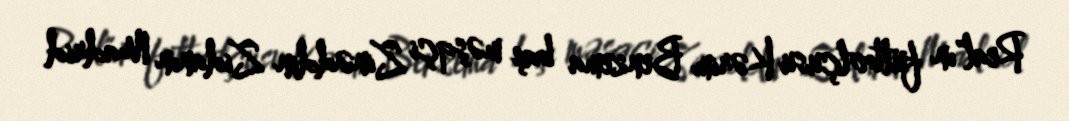
Real"ın futbolçusu Kərim Benzema baş məşqçi Zinəddin Zidanın Madrid